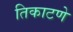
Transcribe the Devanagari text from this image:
तिकाटणे